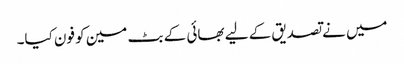
میں نے تصدیق کے لیے بھائی کے بٹ مین کو فون کیا۔